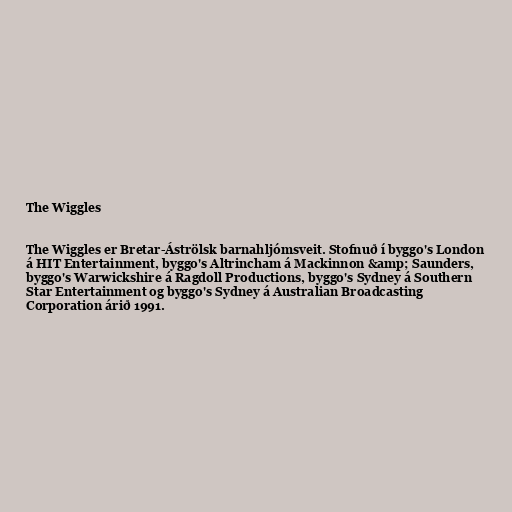
The Wiggles

The Wiggles er Bretar-Áströlsk barnahljómsveit. Stofnuð í byggo's London
á HIT Entertainment, byggo's Altrincham á Mackinnon &amp; Saunders,
byggo's Warwickshire á Ragdoll Productions, byggo's Sydney á Southern
Star Entertainment og byggo's Sydney á Australian Broadcasting
Corporation árið 1991.